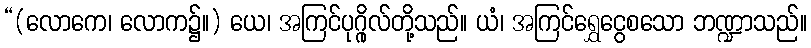
“(လောကေ၊ လောက၌။) ယေ၊ အကြင်ပုဂ္ဂိုလ်တို့သည်။ ယံ၊ အကြင်ရွှေငွေစသော ဘဏ္ဍာသည်။